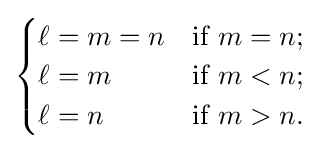
{\begin{cases}\ell =m=n&{\text{if }}m=n;\\\ell =m&{\text{if }}m<n;\\\ell =n&{\text{if }}m>n.\end{cases}}